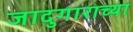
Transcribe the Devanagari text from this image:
जादुगाराच्या